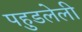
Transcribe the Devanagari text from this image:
पहुडलेली